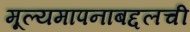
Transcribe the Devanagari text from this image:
मूल्यमापनाबद्दलची